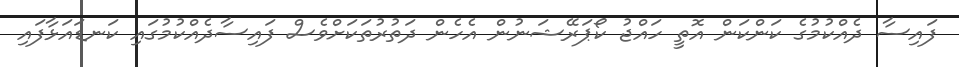
ފައިސާ ދެއްކުމުގެ ކަންކަން އޮތީ ހައްޖު ކޯޕަރޭޝަނުން އެހެން ދަތުރުތަކަށްވެސް ފައިސާދެއްކުމުގައި ކަނޑައަޅާފައި